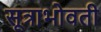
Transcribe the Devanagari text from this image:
सूत्राभोवती